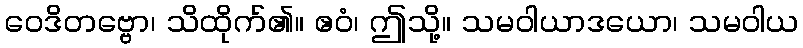
ဝေဒိတဗ္ဗော၊ သိထိုက်၏။ ဧဝံ၊ ဤသို့။ သမဝါယာဒယော၊ သမဝါယ